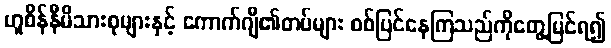
ဟူစိန်နီမိသားစုများနှင့် ကောက်ဂျီ၏တပ်များ စစ်ပြင်နေကြသည်ကိုတွေ့မြင်ရ၍